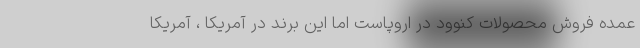
عمده فروش محصولات کنوود در اروپاست اما این برند در آمریکا ، آمریکا